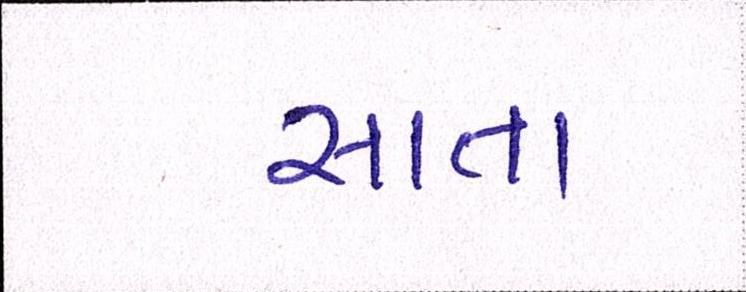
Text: સાતા